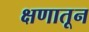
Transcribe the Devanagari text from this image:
क्षणातून